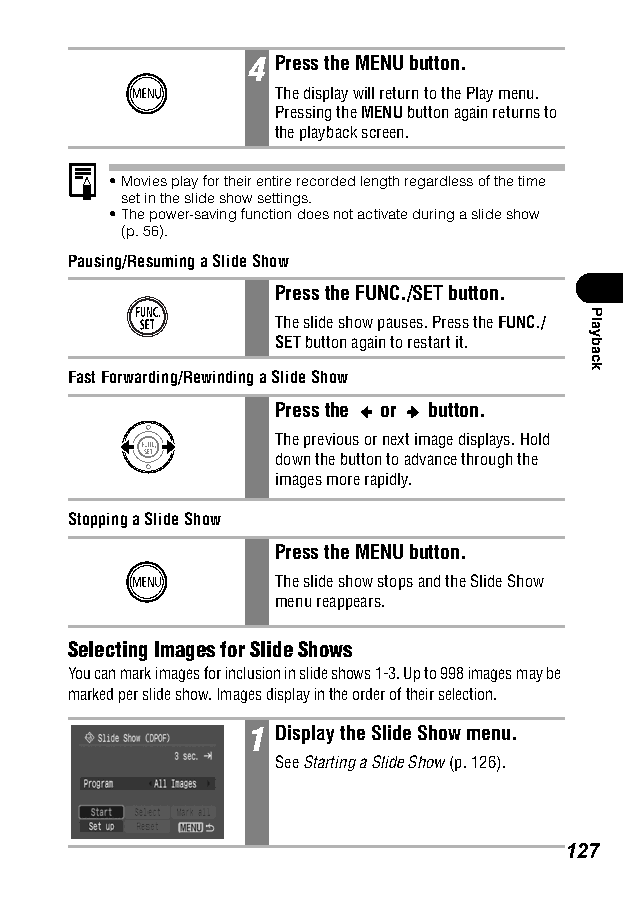
4 Press the MENU button.
 The display will return to the Play menu.
 Pressing the MENU button again returns to
 the playback screen.
 •Movies play for their entire recorded length regardless of the time
 set in the slide show settings.
 •The power-saving function does not activate during a slide show
 (p. 56).
 Pausing/Resuming a Slide Show
 Press the FUNC./SET button.
 The slide show pauses. Press the FUNC./
 SET button again to restart it.
 Fast Forwarding/Rewinding a Slide Show
 Press the or button.
 The previous or next image displays. Hold
 down the button to advance through the
 images more rapidly.
 Stopping a Slide Show
 Press the MENU button.
 The slide show stops and the Slide Show
 menu reappears.
 Selecting Images for Slide Shows
 You can mark images for inclusion in slide shows 1-3. Up to 998 images may be
 marked per slide show. Images display in the order of their selection.
 1 Display the Slide Show menu.
 SeeStarting a Slide Show (p. 126).
 127
 Playback